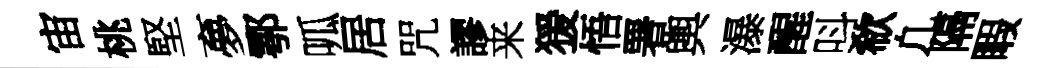
宙桃堅夣鄠呱居咒謬来猨悟署輿瀑醒呌欷凢隔睱